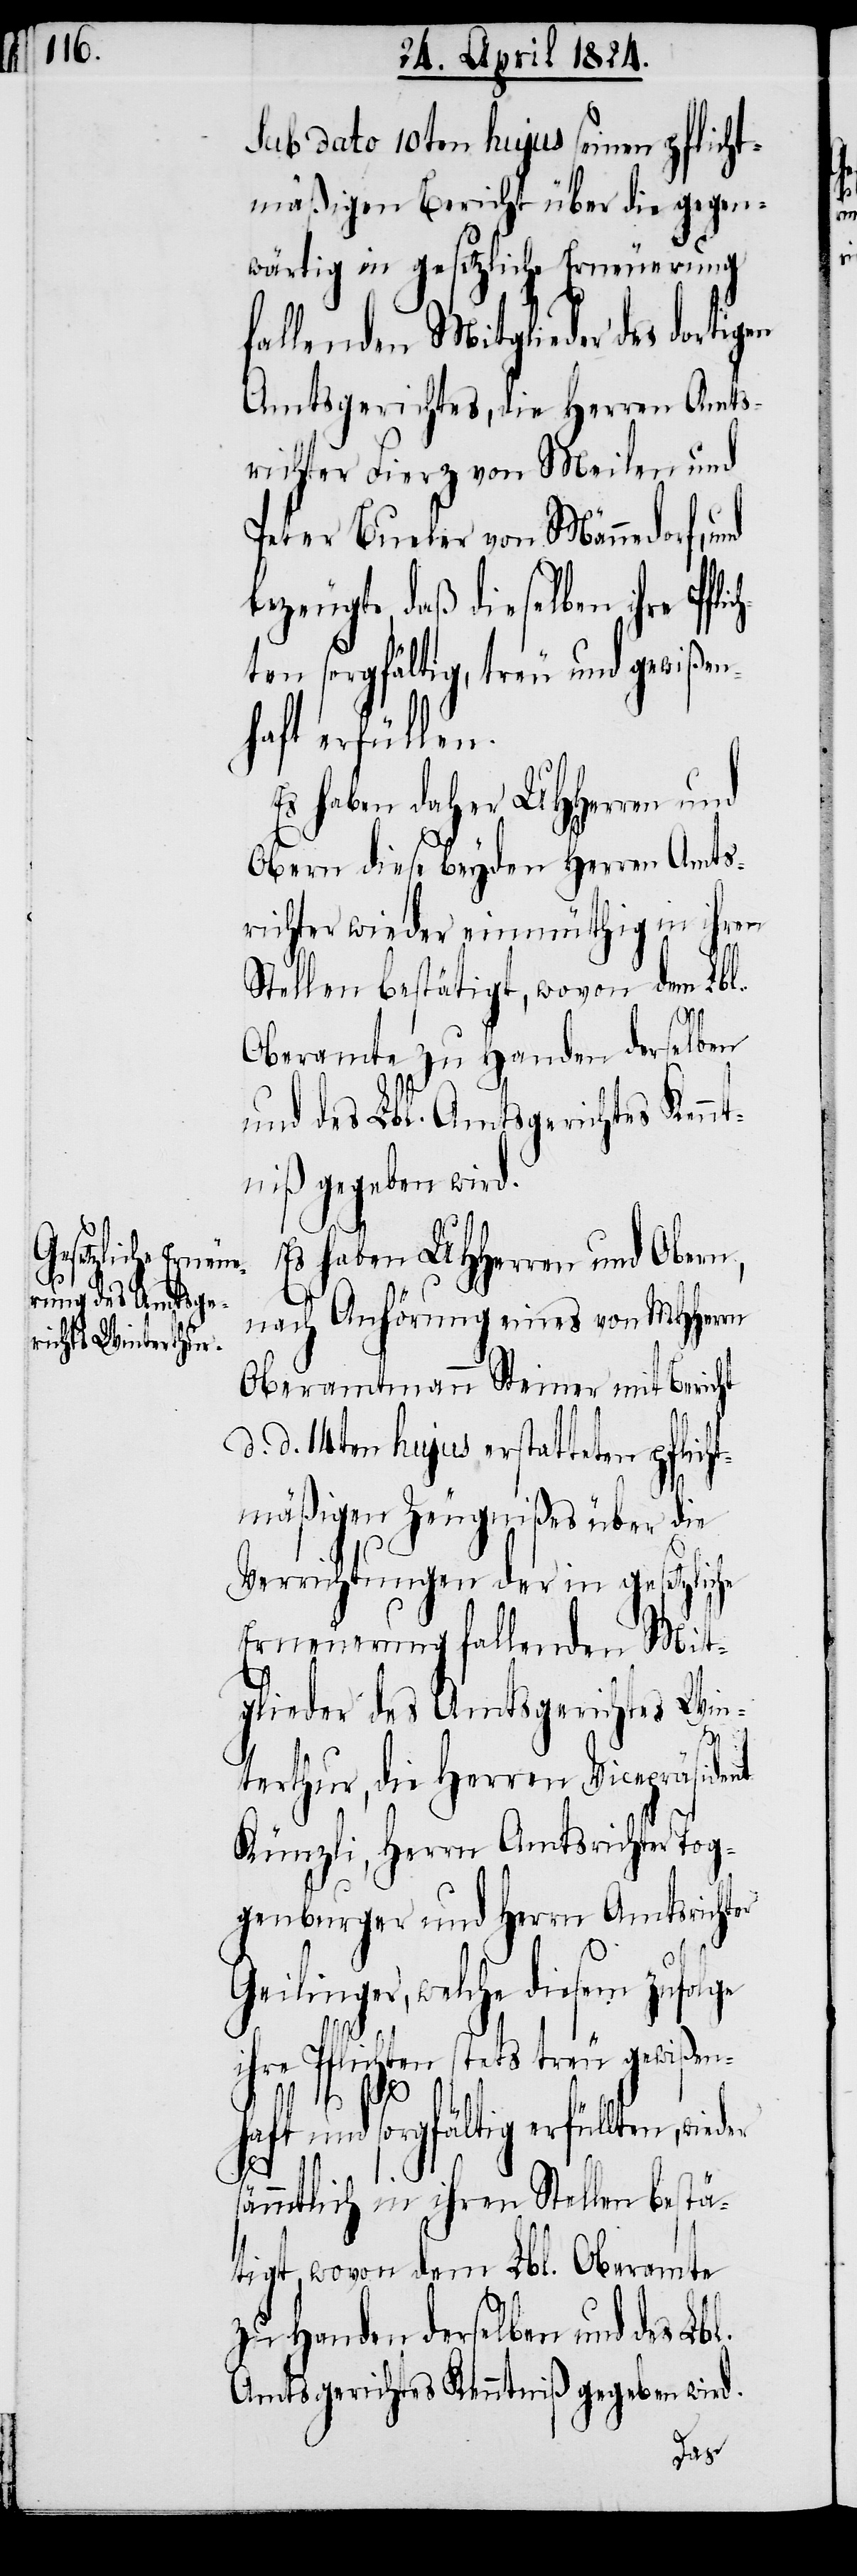
l.

sub dato 10ten hujus seinen pflicht¬
mäßigen Bericht über die gegen¬
wärtig in gesetzliche Erneuerung
fallenden Mitglieder des dorti¬
Amtsgerichtes, die Herren Amts¬
richter Fierz von Meilen und
Peter Bueler von Männedorf, und
eugte, daß dieselben ihre Pfl¬
ten sorgfältig, treu und gewißen¬
haft erfüllen.
Es haben daher UHHerren und
Obern diese beyden Herren Amts¬
richter wieder einmüthig in ihren
Stellen bestätigt, wovon dem Lbl.
Oberamte zu Handen derselben
und des Lbl. Amtsgerichtes Kennt¬
niß gegeben wird.
Es haben UHHerren und Obern,
nach Anhörung eines von MHHerrn
Oberamtmann Steiner mit Bericht
d. d. 14ten hujus erstatteten pflich¬
tmäßigen Zeugnißes über die
Verrichtungen der in gesetzliche
Erneuerung fallenden Mit¬
glieder des Amtsgerichtes Win¬
terthur, die Herren Vicepräsident
Künzli, Herrn Amtsrichter Tog¬
genburger und Herrn Amtsrichter
Geilinger, welche diesem
ihre Pflichten stets treu gewißen¬
haft und sorgfältig erfüllten, wieder
ich¬
sämmtlich in ihren Stellen bestä¬
tigt, wovon dem Lbl. Oberamte
zu Handen derselben und des Lb¬
Amtsgerichtes Kenntniß gegeben wird.